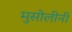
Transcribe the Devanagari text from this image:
मुसोलीनी